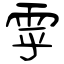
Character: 雽